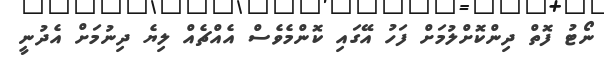
ނޯޓު ފޮތް ދިންކޮށްލުމަށް ފަހު އޭގައި ކޮންމެވެސް އެއްޗެއް ލިޔެ ދިނުމަށް އެދުނީ